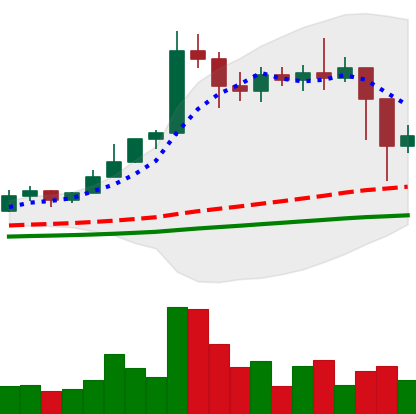
Ticker: ETC-USD
Chart end date: 2021-02-24
Forward return: -7.48%
Label: down_7plus